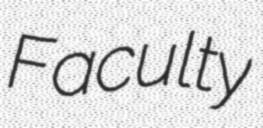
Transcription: Faculty